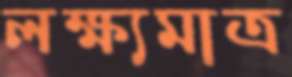
লক্ষ্যমাত্র